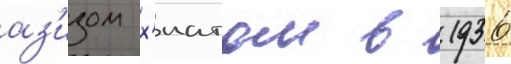
аз'изом х'иатом в 1936